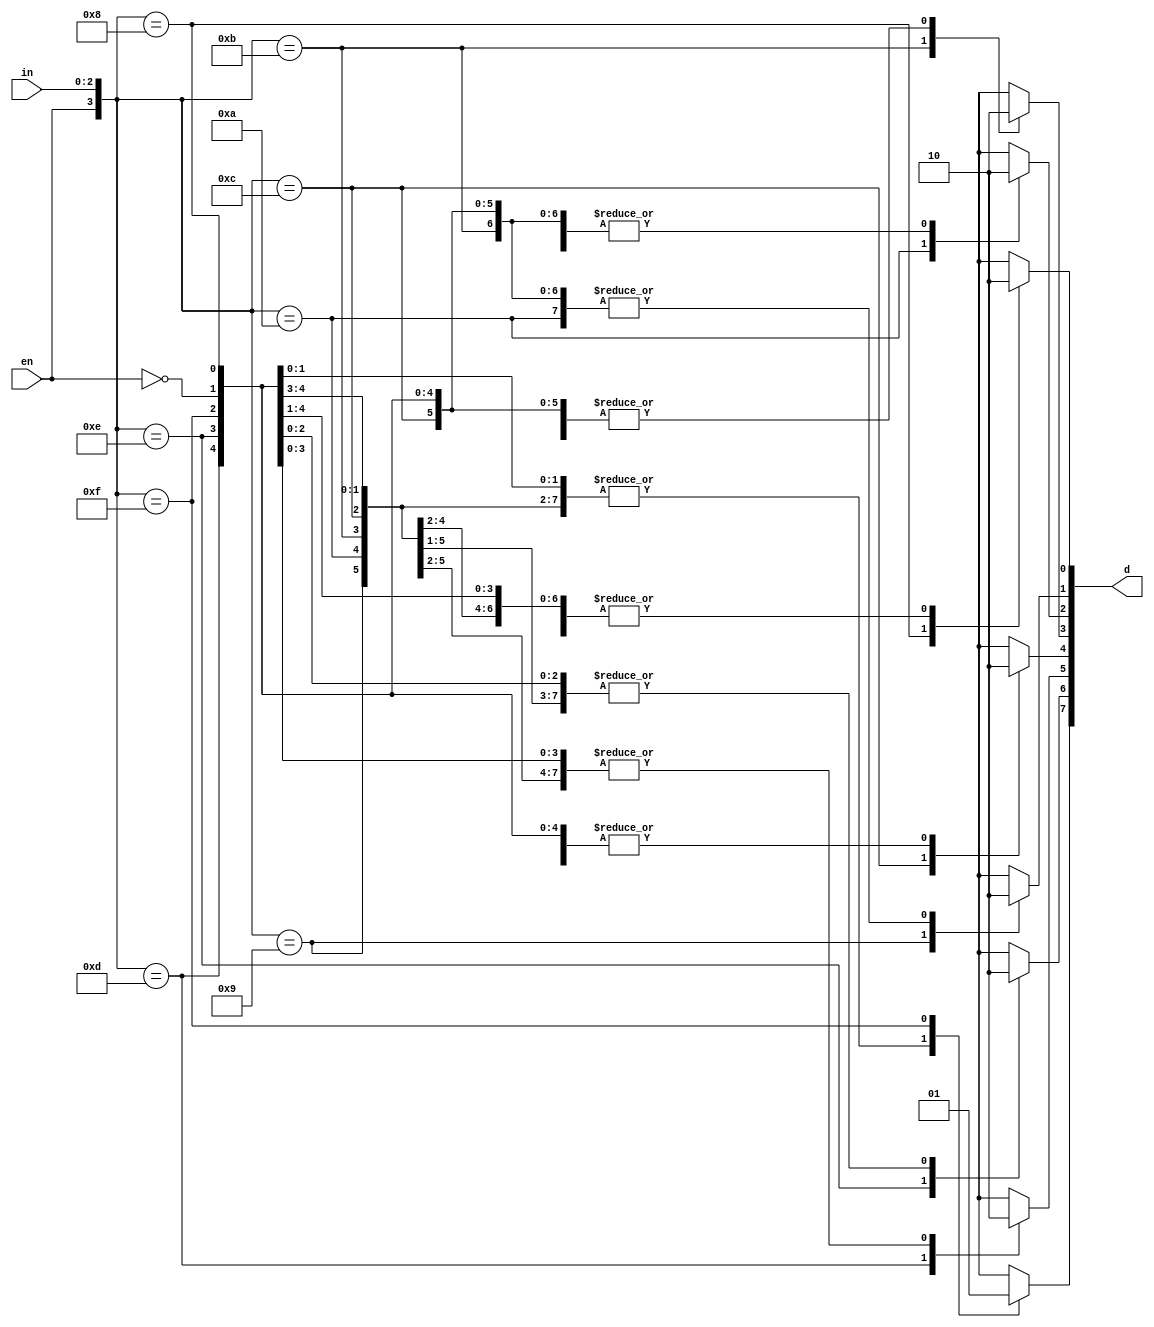
module Decoder_Behave(en, in, d);

input [2:0] in;
input en;
output [7:0] d;

reg [7:0] d;

always @ (en or in)
begin 

casex({en,in})
4'b0XXX: begin d[7]=0;d[6]=0;d[5]=0;d[4]=0;d[3]=0;d[2]=0;d[1]=0;d[0]=0; end

4'b1000: begin d[7]=0;d[6]=0;d[5]=0;d[4]=0;d[3]=0;d[2]=0;d[1]=0;d[0]=1; end

4'b1001: begin d[7]=0;d[6]=0;d[5]=0;d[4]=0;d[3]=0;d[2]=0;d[1]=1;d[0]=0; end

4'b1010: begin d[7]=0;d[6]=0;d[5]=0;d[4]=0;d[3]=0;d[2]=1;d[1]=0;d[0]=0; end

4'b1011: begin d[7]=0;d[6]=0;d[5]=0;d[4]=0;d[3]=1;d[2]=0;d[1]=0;d[0]=0; end

4'b1100: begin d[7]=0;d[6]=0;d[5]=0;d[4]=1;d[3]=0;d[2]=0;d[1]=0;d[0]=0; end

4'b1101: begin d[7]=0;d[6]=0;d[5]=1;d[4]=0;d[3]=0;d[2]=0;d[1]=0;d[0]=0; end

4'b1110: begin d[7]=0;d[6]=1;d[5]=0;d[4]=0;d[3]=0;d[2]=0;d[1]=0;d[0]=0; end

4'b1111: begin d[7]=1;d[6]=0;d[5]=0;d[4]=0;d[3]=0;d[2]=0;d[1]=0;d[0]=0; end

endcase

end

endmodule

/////////////////////////////////////////////////////////////////////////////////////////////

module Decoder_Struct(en, in ,d);

input en;
output [7:0] d;
input [2:0] in;
wire [2:0] in_;

not N0 (in_[0], in[0]);
not N1 (in_[1], in[1]);
not N2 (in_[2], in[2]);

and A0 (d[0], en, in_[2],in_[1],in_[0]);
and A1 (d[1], en, in_[2],in_[1],in[0]);
and A2 (d[2], en, in_[2],in[1],in_[0]);
and A3 (d[3], en, in_[2],in[1],in[0]);
and A4 (d[4], en, in[2],in_[1],in_[0]);
and A5 (d[5], en, in[2],in_[1],in[0]);
and A6 (d[6], en, in[2],in[1],in_[0]);
and A7 (d[7], en, in[2],in[1],in[0]);

endmodule